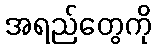
အရည်တွေကို